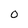
Character: O